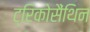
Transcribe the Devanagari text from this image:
ट्रिकोसैंथिन